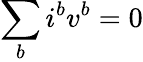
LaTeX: \sum_{b}i^{b}v^{b}=0